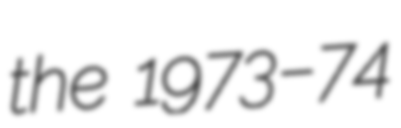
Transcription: the 1973–74